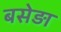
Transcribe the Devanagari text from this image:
बसेड़ा